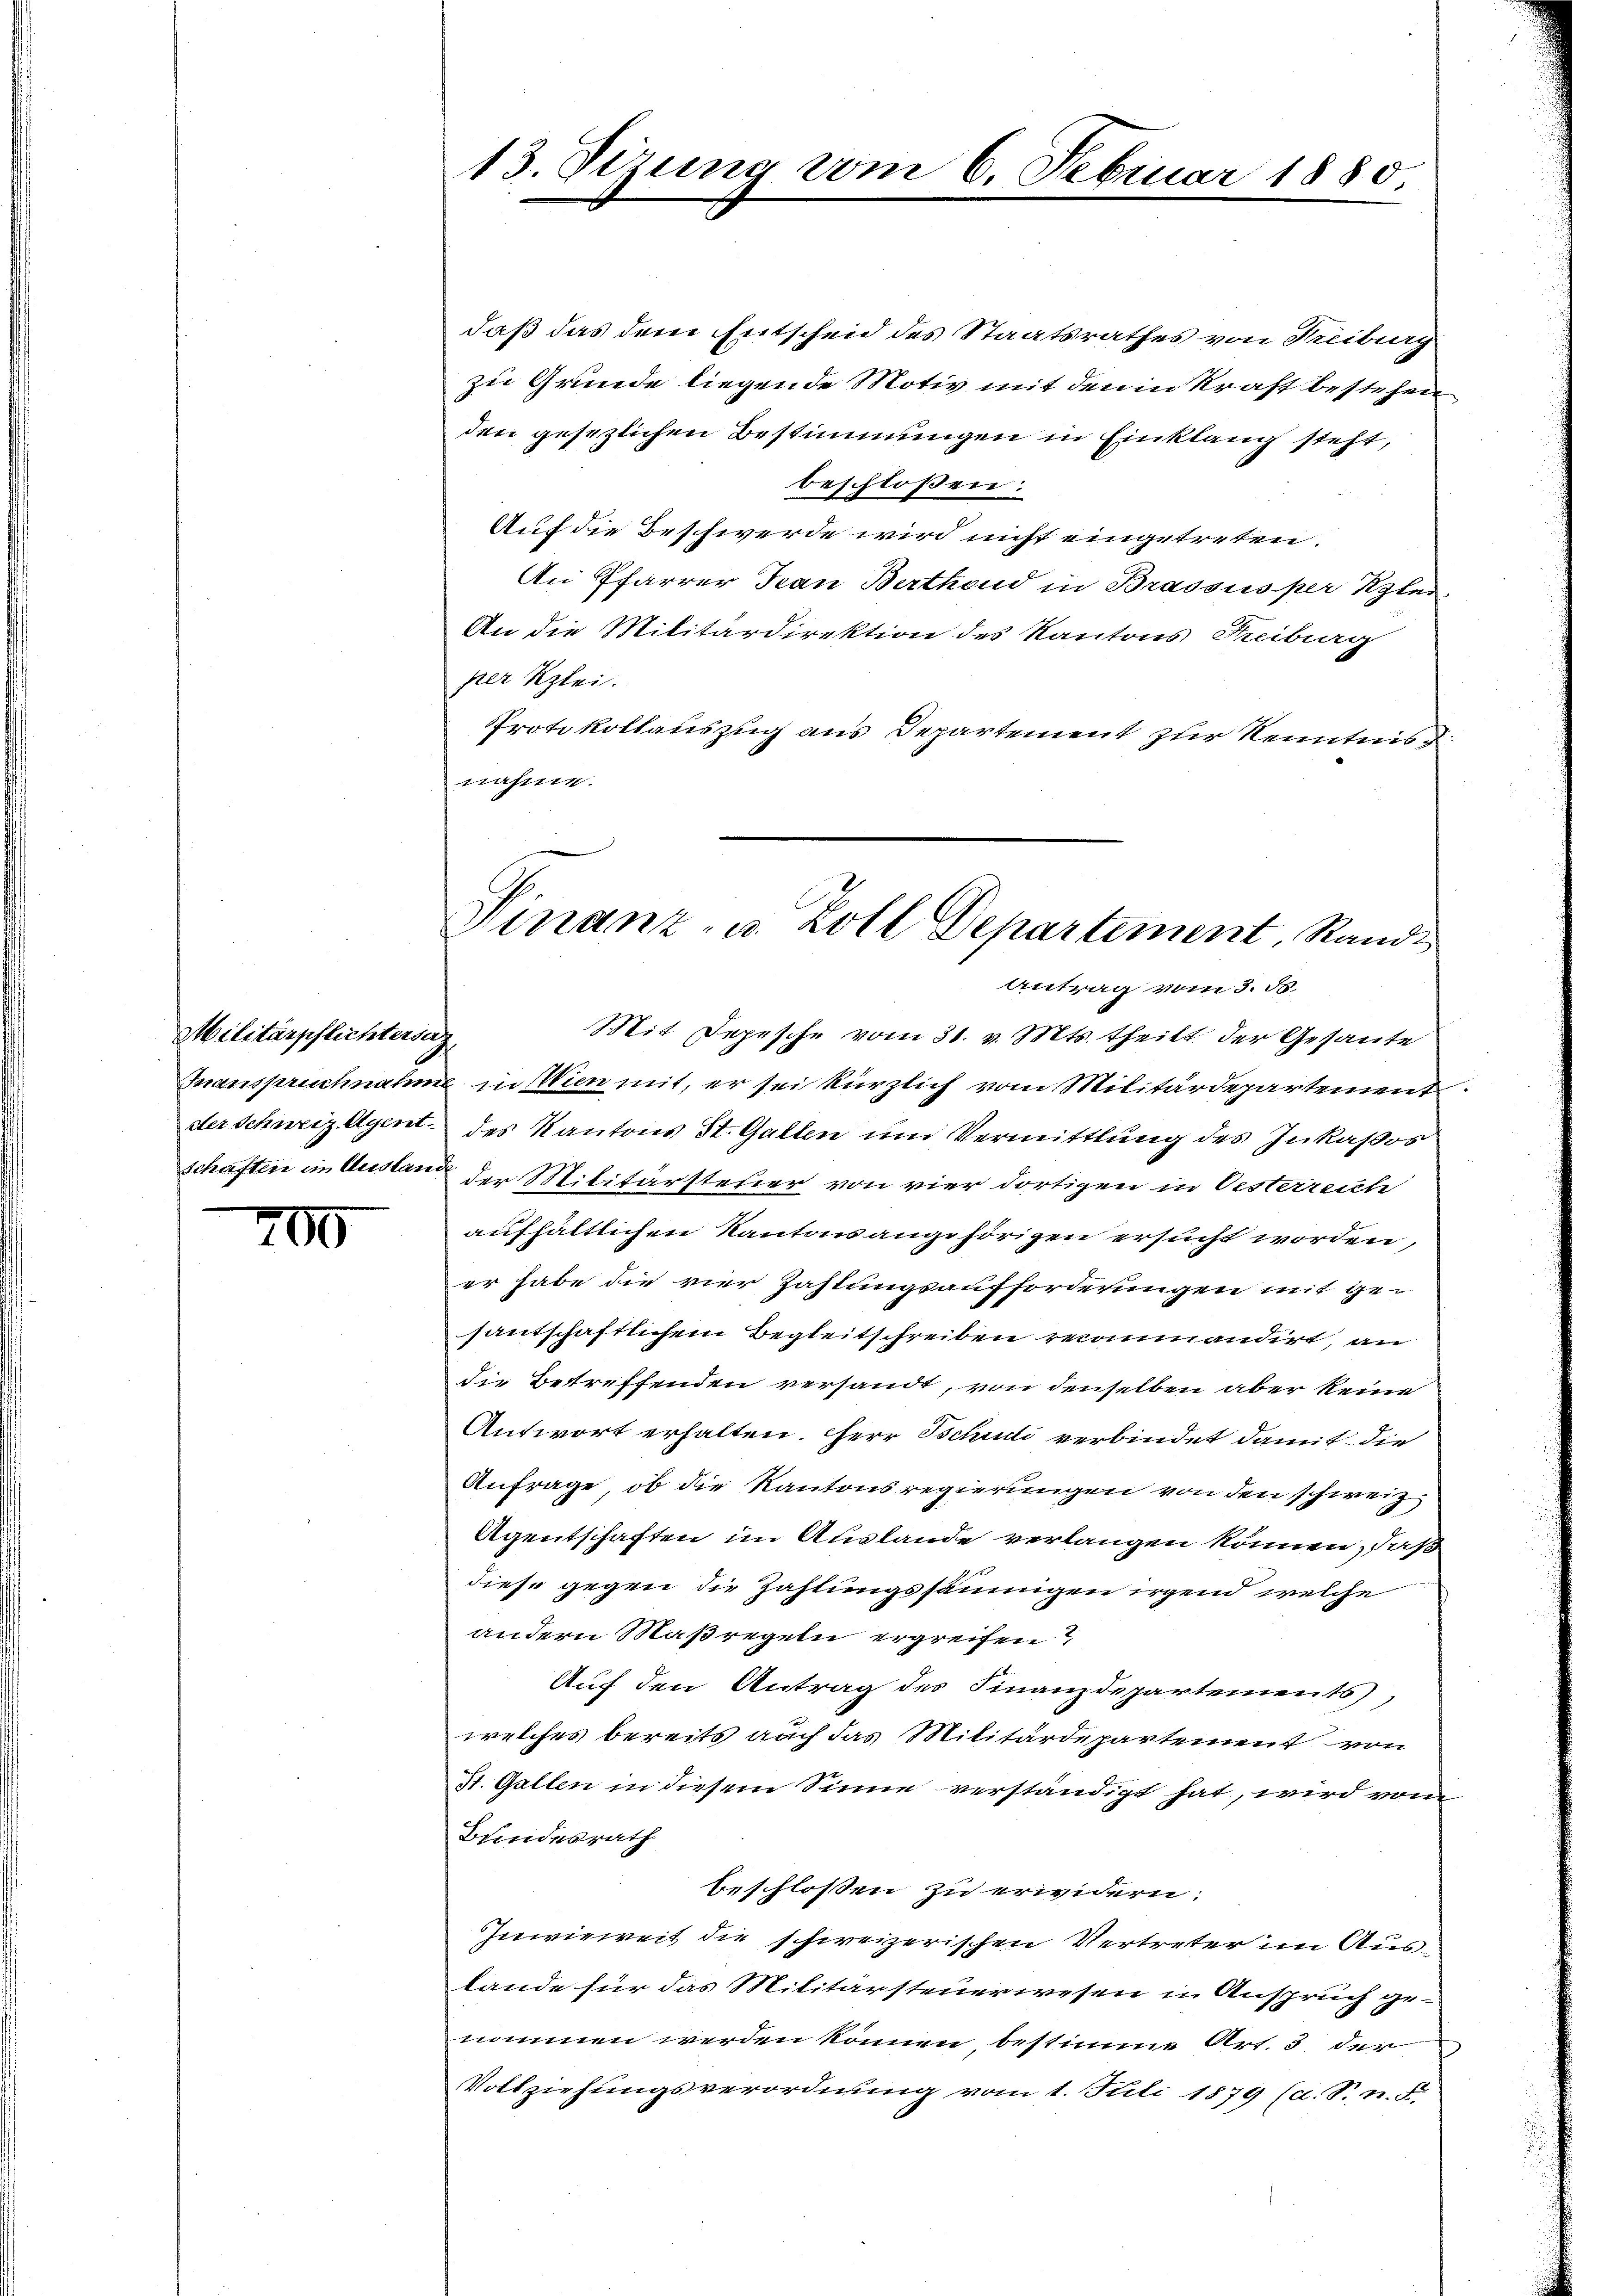
Militärpflichtersaz,

700

daß das dem Entscheid des Staatsrathes von Treiburg
zu Grunde liegende Motiv mit den in Kraft bestehen
den gesezlichen Bestimmungen in Einklang steht,
beschloßen:
Auf die Beschwerde wird nicht eingetreten.
An Pfarrer Frau Berthend in Brassus per Ester
An die Militärdirektion des Kantons Freiburg
per Klei
Protokollauszug aus Departement zur Kenntnis d
trassen.

13. Sizung vom 6. Februar 1880,

Finanz- u. Zoll Departement, Rand
Antrag vom 3. d.

Mit Depesche vom 31. v. Mts. theilt der Gesante
Inanspruchnahme in Wien mit, er sei kürzlich vom Militärdepartement
der Schweiz eigent des Kantons St. Gallen und Vermittlung des Inkassos
schaften in Ausland der Militärsteuer von vier dortigen in Oesterreich
aufhältlichen Kantonsangehörigen ersucht worden,
er habe die vier Zahlungsaufforderungen mit ge-
santschaftlichem Begleitschreiben reammandirt, an
die Betreffenden versandt, von denselben aber keine
Antwort erhalten. Herr Tschudi verbindet damit die
Anfrage, ob die Kantonsregierungen von den schweiz
Agentschaften im Auslande verlangen können, daß
diese gegen die Zahlungssäumigen irgend welche
andern Maßregeln ergreifen?
Auf den Antrag des Finanzdepartements,
welches bereits auch das Militärdepartement von
St. Gallen in diesem Sinne verständigt hat, wird vom
Bundesrath
beschlossen zu erwidern:
Inwieweit die schweizerischen Vertreter im Auslande für das Militärsteuerwesen in Anspruch ge-
nommen werden können, bestimme Art. 3 der
Vollziehungsverordnung vom 1. Juli 1879 (d. S. n. F.